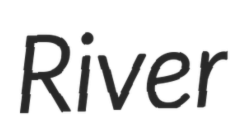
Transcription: River